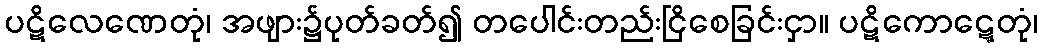
ပဋိလေဏေတုံ၊ အဖျား၌ပုတ်ခတ်၍ တပေါင်းတည်းငြိစေခြင်းငှာ။ ပဋိကောဋ္ဋေတုံ၊